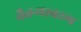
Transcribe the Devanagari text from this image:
चैतन्यस्वरूप